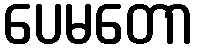
ပေမတော